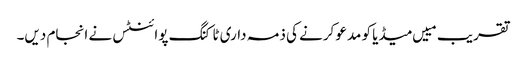
تقریب مییں میڈیا کو مدعو کرنے کی ذمہ داری ٹاکنگ پوائنٹس نے انجام دیں۔